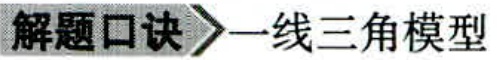
解题口诀 >>一线三角模型